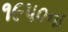
૧૯૫૦ના